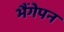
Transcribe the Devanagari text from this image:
भैंगेपन